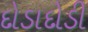
દોડાદોડી